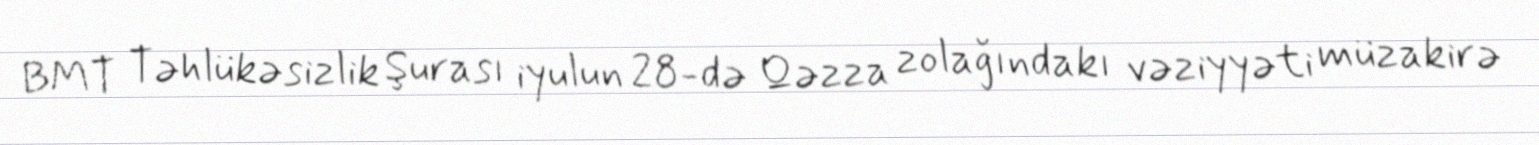
BMT Təhlükəsizlik Şurası iyulun 28-də Qəzza zolağındakı vəziyyəti müzakirə